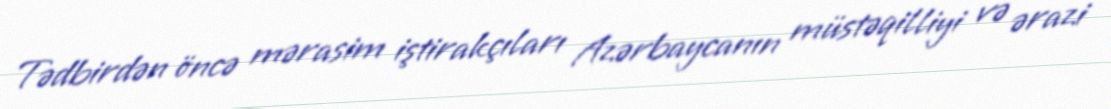
Tədbirdən öncə mərasim iştirakçıları Azərbaycanın müstəqilliyi və ərazi